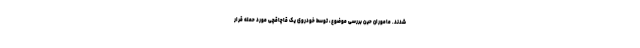
شدند. ماموران حین بررسی موضوع، توسط خودروی یک قاچاقچی مورد حمله قرار